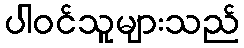
ပါဝင်သူများသည်